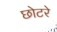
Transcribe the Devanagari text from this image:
छोटरे